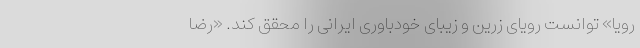
رویا» توانست رویای زرین و زیبای خودباوری ایرانی را محقق کند. «رضا